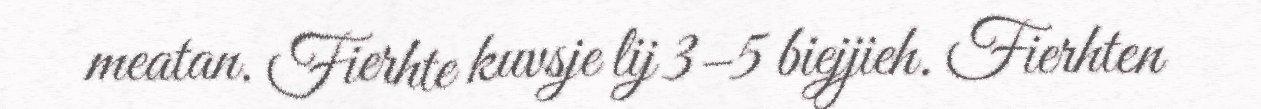
meatan. Fierhte kuvsje lij 3–5 biejjieh. Fierhten